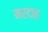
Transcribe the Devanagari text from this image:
मरदाह